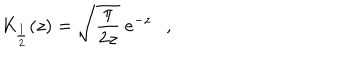
LaTeX: { \mathit { K } } _ { \frac { 1 } { 2 } } ( z ) = \sqrt { \frac { \pi } { 2 z } } ~ e ^ { - z } ,